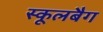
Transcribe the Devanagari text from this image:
स्कूलबैग